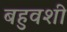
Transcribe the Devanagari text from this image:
बहुवशी